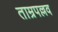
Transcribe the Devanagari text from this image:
ताम्रपल्लव